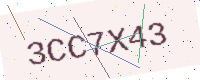
Text: 3CC7X43